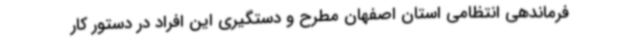
فرماندهی انتظامی استان اصفهان مطرح و دستگیری این افراد در دستور کار